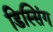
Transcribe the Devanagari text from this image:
डिस्सिंग